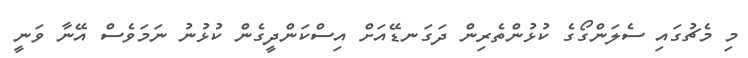
މި މެޗުގައި ސެލަންގޯގެ ކުޅުންތެރިން ދަގަނޑޭއަށް އިސްކަންދީގެން ކުޅުނު ނަމަވެސް އޭނާ ވަނީ